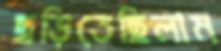
ছড়িতেছিলাম